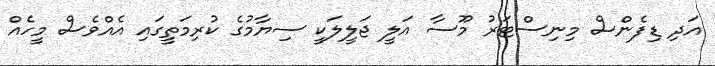
އަދި ޑިފެންސް މިނިސްޓަރު މޫސާ އަލީ ޖަލީލަކީ ސިޔާމުގެ ކުރިމަތީގައި އެއްވެސް މީހެއް